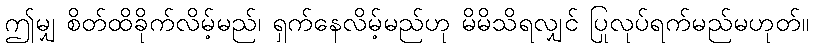
ဤမျှ စိတ်ထိခိုက်လိမ့်မည်၊ ရှက်နေလိမ့်မည်ဟု မိမိသိရလျှင် ပြုလုပ်ရက်မည်မဟုတ်။